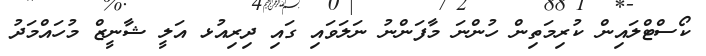
ކޯސްޓްލައިން ކުރިމަތިން ހުންނަ މާފަންނު ނަލަވައި ގައި ދިރިއުޅ އަލީ ޝާނީޒް މުހައްމަދު